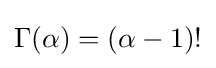
\Gamma (\alpha )=(\alpha -1)!